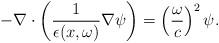
LaTeX: \begin{align*}-\nabla\cdot\left(\frac{1}{\epsilon(x,\omega)}\nabla \psi\right)=\left(\frac{\omega}{c}\right)^2\psi.\end{align*}